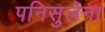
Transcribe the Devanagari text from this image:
पनिसुलेना